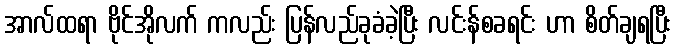
အာလ်ထရာ ဗိုင်အိုလက် ကလည်း ပြန်လည်ခုခံခဲ့ပြီး လင်းန်စခရင်း ဟာ စိတ်ချရပြီး